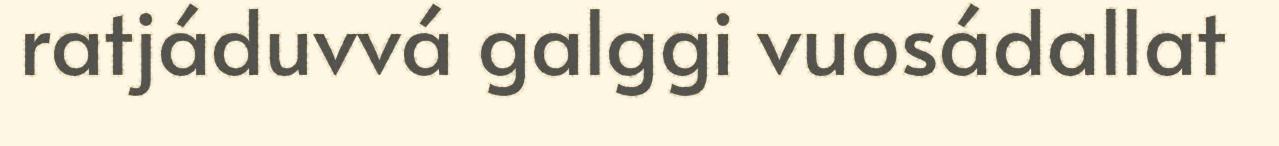
ratjáduvvá galggi vuosádallat